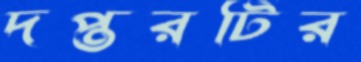
দপ্তরটির